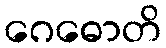
ဂေဓောတိ